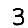
Digit: 3